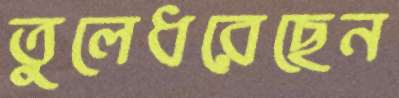
তুলেধরেছেন